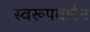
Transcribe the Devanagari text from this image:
स्वरूपवर्णन